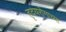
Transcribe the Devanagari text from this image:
हृदयरोगाच्या